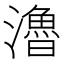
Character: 瀂